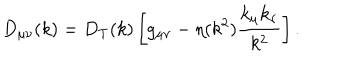
LaTeX: D _ { \mu \nu } ( k ) = D _ { T } ( k ) \left[ g _ { \mu \nu } - \eta ( k ^ { 2 } ) \frac { k _ { \mu } k _ { \nu } } { k ^ { 2 } } \right] .